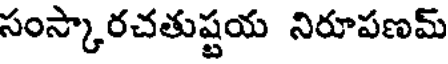
సంస్కారచతుష్టయ నిరూపణమ్